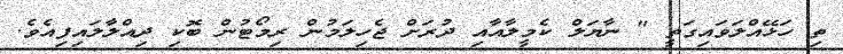
ތި ހަޅޭއްލަވައިގަތީ " ނާޔަލް ކެމީލާއާއި ދުރަށް ޖެހިލަމުން ރިމޯޓުން ބޮކި ދިއްލާލައިފިއެވެ.